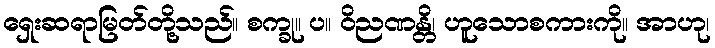
ရှေးဆရာမြတ်တို့သည်။ စက္ခု။ ပ။ ဝိညဏန္တိ၊ ဟူသောစကားကို။ အာဟု၊